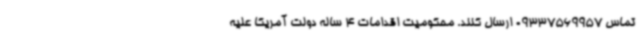
تماس 09337569957 ارسال کنند. محکومیت اقدامات 4 ساله دولت آمریکا علیه